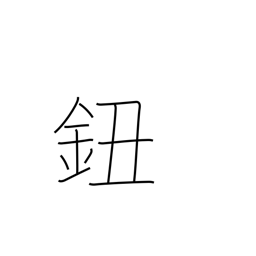
Meaning: button